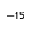
- 1 5